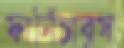
ফার্নিচারস